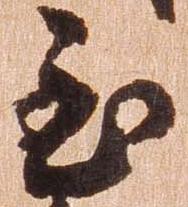
至